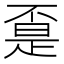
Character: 𱍤